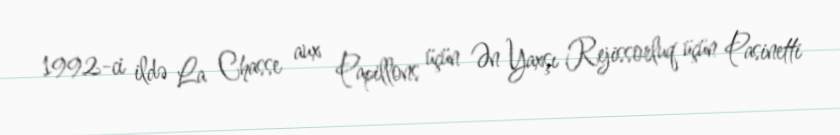
1992-ci ildə La Chasse aux Papillons üçün Ən Yaxşı Rejissorluq üçün Pasinetti